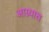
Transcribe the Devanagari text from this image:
आग्र्यात